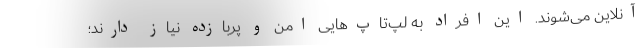
آنلاین می‌شوند. این افراد به لپ‌تاپ‌هایی امن و پربازده نیاز دارند؛